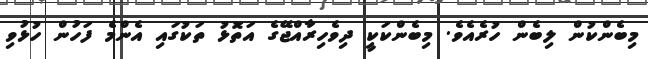
މިބެންކުން ލިބެން ހުރެއެވެ. މިބެންކަކީ ދިވެހިރާއްޖޭގެ އަތޮޅު ތަކުގައި އެންމެ ފަހުން ހުޅުވި